Report on plague and inoculation in the Punjab from October 1st ... to September 30th..., being the ... season of plague in the province
Disease focus: Plague
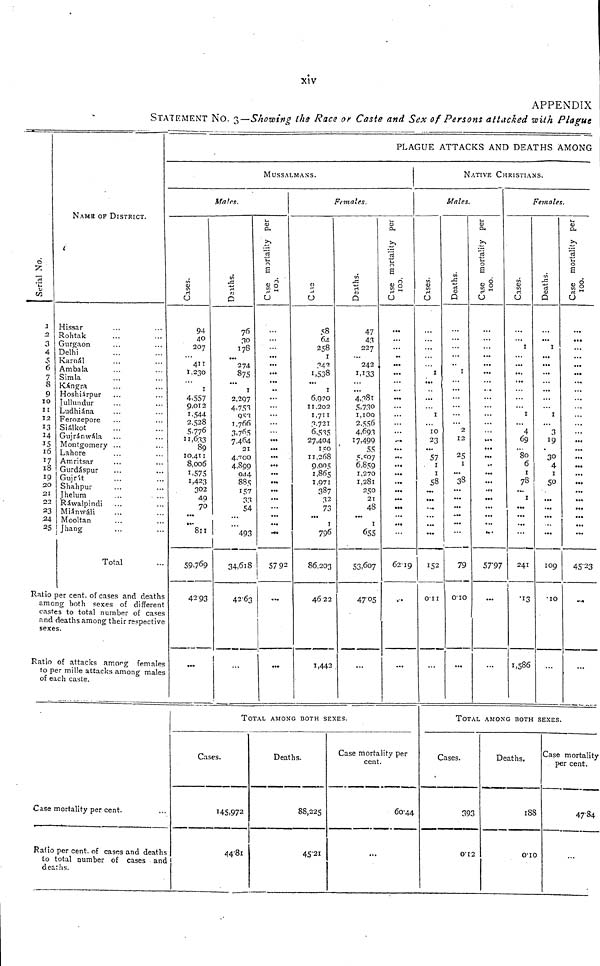
xiv
APPENDIX
STATEMENT NO. 3—Showing the Race or Caste and Sex of Persons attacked with Plague
Serial No.
1
2.
3
4
5
6
7
8
9
10
11
12
13
14
15
16
17
l8
19
2O
21
22
23
24
25
NAME OF DISTRICT.
Hissar
Rohtak
Gurgaon
Delhi
Karnál
Ambala
Simla
Kángra
Hoshiárpur
Jullundur
Ludhiána
Ferozepore
Siálkot
Gujránwála
Montgomery
Lahore
Amritsar
Gurdáspur
Gujrit
Shahpur
Jhelum
Rawalpindi
Miánwáli
Mooltan
Jhang
...
...
...
...
...
...
...
...
...
...
...
...
...
...
...
...
...
...
...
...
...
...
...
...
...
Total
...
...
...
...
...
...
...
...
...
...
...
...
...
...
...
...
...
...
...
...
...
...
...
...
...
...
Ratio per cent, of cases and deaths
among both sexes of different
castes to total number of cases
and deaths among their respective
sexes.
Ratio of attacks among females
to per mille attacks among males
of each caste.
Case mortality per cent.
Ratio per cent. of cases and deaths
to total number of cases and
deaths.
PLAGUE ATTACKS AND DEATHS AMONG
MUSSALMANS.
Males.
Cases.
94
40
207
... 411
1,230
...
1
4,557
9,012
1,544
2,528
5,776
11,633
89
10,411
8,006
1,575
1,423 302
49
70
...
...
811
59,769
42.93
...
Deaths.
76
30
178
...
274
875
...
1
2,297
4,753
853
1,766
3,765
7,464
21
4,700
4,899
044
885
157
33
54
...
...
493
34,618
42.63
...
Case mortality per 100.
...
...
...
...
...
...
...
...
...
...
...
...
...
...
...
...
...
...
...
...
...
...
... ...
...
57.92
...
...
Females.
Cases.
58
64
258
1
342
1,538
...
1
6,920
11,202
1,711
3,721
6,535
27,404
150
11,268
9,905
1,865
1,971
387
32
73
...
1
796
86,203
46.22
1,442
Deaths.
47
43
227
...
242
1,133
...
...
4,381
5,730
1,100
2,556
4,693
17,499
55
5,507
6,859
1,270
1,281
250
21
48
...
1
655
53,607
47.05
...
Case mortality per 100.
...
...
...
...
...
...
...
...
... •
...
...
...
...
...
...
...
...
...
...
...
...
...
...
...
...
62.19
...
...
TOTAL AMONG BOTH SEXES.
Cases.
145.972
44.81
Deaths.
88,225
45.21
Case mortality per
cent.
60.44
...
NATIVE CHRISTIANS.
Males.
Cases.
...
...
...
...
...
1
...
...
...
...
1
...
10
23
...
57
1
1
58
...
...
...
...
...
...
152
0.11
...
Deaths.
...
...
...
...
... 1
...
...
...
...
...
...
2
12
... 25
1
... 38
...
...
...
...
...
...
79
0.10
...
Case mortality per 100.
...
...
...
...
...
...
...
...
...
...
...
...
...
...
...
...
...
...
...
...
...
...
...
...
...
57.97
...
...
Females.
Cases.
...
... 1
...
...
...
...
...
...
...
1
...
4
69
...
80
6
1
78
...
1
...
... ...
...
241
.13
1,586
Deaths.
...
... 1
...
...
...
...
...
...
...
1
...
3
19
...
30
4
1
50
...
...
...
...
...
...
109
.10
...
Case morta
...
... ...
... ...
...
... ...
...
...
...
...
...
... ...
... ...
... ...
...
...
...
... ...
...
45.23
...
...
TOTAL AMONG BOTH SEXES.
Cases.
393
0.12
Deaths.
183
0.10
Case mortality
per cent.
47.84
...